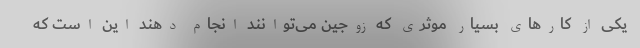
یکی از کارهای بسیار موثری که زوجین می‌توانند انجام دهند این است که